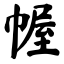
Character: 幄